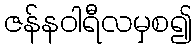
ဇန်နဝါရီလမှစ၍